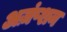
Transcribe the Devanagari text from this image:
अज़ंप्शन